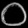
Digit: ၀